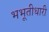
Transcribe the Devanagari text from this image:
भभूतीधारी